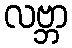
လဗ္ဘာ